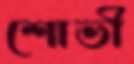
শোভী